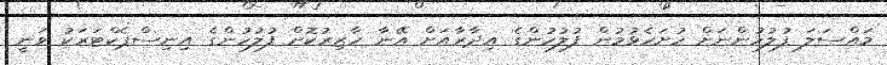
މައްސަލަ ފުލުހުންނަށް ހުށަހެޅުމުން ފުލުހުންގެ އިދާރާއަށް އޭނާ ހާޒިރުކޮށް ފުލުހުންގެ އިނިސްޕެކްޓަރަކު ވަނީ